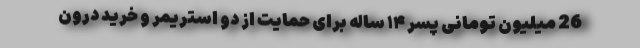
26 میلیون تومانی پسر ۱۴ ساله برای حمایت از دو استریمر و خرید درون